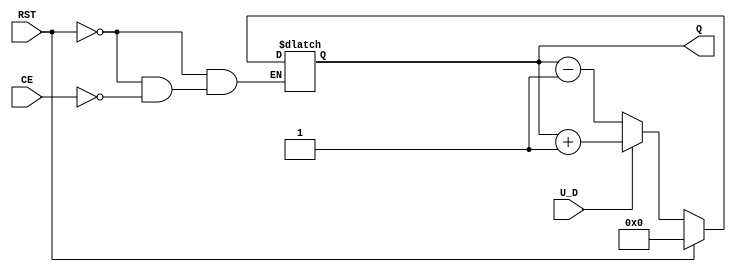
module UpDownCounter #(
    parameter N = 4 // Number of bits in the counter
) (
    input wire U_D,      // Up/Down control signal
    input wire CE,       // Count Enable
    input wire RST,      // Asynchronous Reset
    output reg [N-1:0] Q // Count Value output
);

// Asynchronous Reset
always @(*) begin
    if (RST) begin
        Q = 0; // Reset counter to 0
    end else if (CE) begin
        // Count Up or Down
        if (U_D) begin
            Q = Q + 1; // Count Up
        end else begin
            Q = Q - 1; // Count Down
        end
    end
end

endmodule